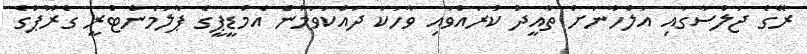
ރޭގެ ޖަލްސާގައި އަލްހާނަށް ތާއީދު ކުރައްވައި ވާހަކަ ދައްކަވަމުން އެމްޑީޕީގެ ޕާލަމެންޓްރީ ގްރޫޕުގެ